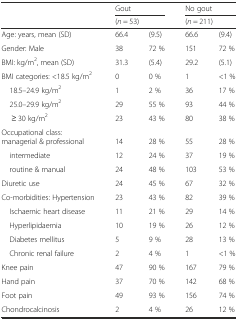
<table><thead><tr><td rowspan="2"></td><td colspan="2"><b>Gout</b></td><td colspan="2"><b>No gout</b></td></tr><tr><td colspan="2"><b>(<i>n</i> = 53)</b></td><td colspan="2"><b>(<i>n</i> = 211)</b></td></tr></thead><tbody><tr><td>Age: years, mean (SD)</td><td>66.4</td><td>(9.5)</td><td>66.6</td><td>(9.4)</td></tr><tr><td>Gender: Male</td><td>38</td><td>72 %</td><td>151</td><td>72 %</td></tr><tr><td>BMI: kg/m<sup>2</sup>, mean (SD)</td><td>31.3</td><td>(5.4)</td><td>29.2</td><td>(5.1)</td></tr><tr><td>BMI categories: &lt;18.5 kg/m<sup>2</sup></td><td>0</td><td>0 %</td><td>1</td><td>&lt;1 %</td></tr><tr><td> 18.5–24.9 kg/m<sup>2</sup></td><td>1</td><td>2 %</td><td>36</td><td>17 %</td></tr><tr><td> 25.0–29.9 kg/m<sup>2</sup></td><td>29</td><td>55 %</td><td>93</td><td>44 %</td></tr><tr><td>≥ 30 kg/m<sup>2</sup></td><td>23</td><td>43 %</td><td>80</td><td>38 %</td></tr><tr><td>Occupational class: managerial &amp; professional</td><td>14</td><td>28 %</td><td>55</td><td>28 %</td></tr><tr><td> intermediate</td><td>12</td><td>24 %</td><td>37</td><td>19 %</td></tr><tr><td> routine &amp; manual</td><td>24</td><td>48 %</td><td>103</td><td>53 %</td></tr><tr><td>Diuretic use</td><td>24</td><td>45 %</td><td>67</td><td>32 %</td></tr><tr><td>Co-morbidities: Hypertension</td><td>23</td><td>43 %</td><td>82</td><td>39 %</td></tr><tr><td> Ischaemic heart disease</td><td>11</td><td>21 %</td><td>29</td><td>14 %</td></tr><tr><td> Hyperlipidaemia</td><td>10</td><td>19 %</td><td>26</td><td>12 %</td></tr><tr><td> Diabetes mellitus</td><td>5</td><td>9 %</td><td>28</td><td>13 %</td></tr><tr><td> Chronic renal failure</td><td>2</td><td>4 %</td><td>1</td><td>&lt;1 %</td></tr><tr><td>Knee pain</td><td>47</td><td>90 %</td><td>167</td><td>79 %</td></tr><tr><td>Hand pain</td><td>37</td><td>70 %</td><td>142</td><td>68 %</td></tr><tr><td>Foot pain</td><td>49</td><td>93 %</td><td>156</td><td>74 %</td></tr><tr><td>Chondrocalcinosis</td><td>2</td><td>4 %</td><td>26</td><td>12 %</td></tr></tbody></table>